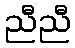
ညီညီ